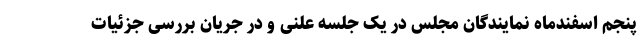
پنجم اسفندماه نمایندگان مجلس در یک جلسه علنی و در جریان بررسی جزئیات